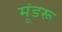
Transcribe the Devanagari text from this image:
मूंडरू